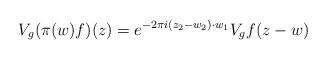
LaTeX: \begin{align*} V_g{(\pi (w) f)}(z) = e^{-2\pi i (z_2 - w_2) \cdot w_1} V_{g}{f}(z-w) \end{align*}